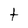
Character: t